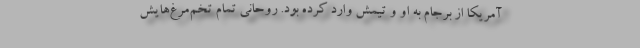
آمریکا از برجام به او و تیمش وارد کرده بود. روحانی تمام تخم‌مرغ‌هایش